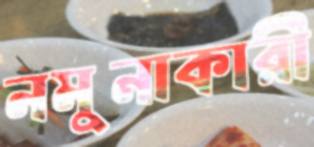
নমুনাকারী